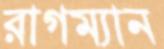
রাগম্যান